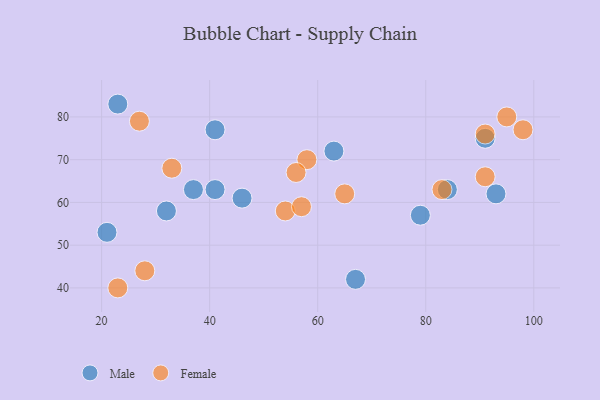
{"axis": {"x": "GDP", "y": "Life Expectancy"}, "legend": ["Female", "Male"], "data": [{"x": "21", "y": 53, "type": "Male"}, {"x": "84", "y": 63, "type": "Male"}, {"x": "93", "y": 62, "type": "Male"}, {"x": "46", "y": 61, "type": "Male"}, {"x": "67", "y": 42, "type": "Male"}, {"x": "32", "y": 58, "type": "Male"}, {"x": "41", "y": 63, "type": "Male"}, {"x": "37", "y": 63, "type": "Male"}, {"x": "91", "y": 75, "type": "Male"}, {"x": "23", "y": 83, "type": "Male"}, {"x": "63", "y": 72, "type": "Male"}, {"x": "79", "y": 57, "type": "Male"}, {"x": "41", "y": 77, "type": "Male"}, {"x": "83", "y": 63, "type": "Female"}, {"x": "27", "y": 79, "type": "Female"}, {"x": "58", "y": 70, "type": "Female"}, {"x": "28", "y": 44, "type": "Female"}, {"x": "65", "y": 62, "type": "Female"}, {"x": "56", "y": 67, "type": "Female"}, {"x": "54", "y": 58, "type": "Female"}, {"x": "33", "y": 68, "type": "Female"}, {"x": "91", "y": 76, "type": "Female"}, {"x": "57", "y": 59, "type": "Female"}, {"x": "98", "y": 77, "type": "Female"}, {"x": "95", "y": 80, "type": "Female"}, {"x": "91", "y": 66, "type": "Female"}, {"x": "23", "y": 40, "type": "Female"}]}